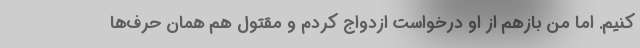
کنیم. اما من بازهم از او درخواست ازدواج کردم و مقتول هم همان حرف‌ها